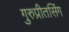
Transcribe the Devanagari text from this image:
गुरुप्रीतसिंग